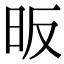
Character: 昄